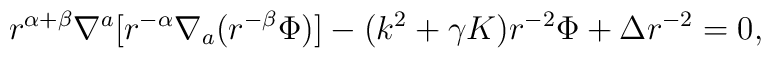
r^{\alpha+\beta}\nabla^a[r^{-\alpha}\nabla_a(r^{-\beta}\Phi)]	- (k^2+\gamma K)r^{-2}\Phi + \Delta r^{-2} = 0,